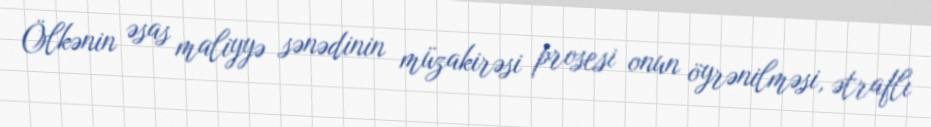
Ölkənin əsas maliyyə sənədinin müzakirəsi prosesi onun öyrənilməsi, ətraflı